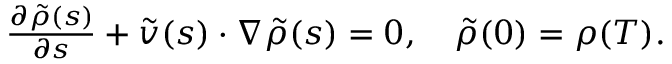
\begin{array} { r } { \frac { \partial \tilde { \rho } ( s ) } { \partial s } + \tilde { v } ( s ) \cdot \nabla \tilde { \rho } ( s ) = 0 , \quad \tilde { \rho } ( 0 ) = \rho ( T ) . } \end{array}